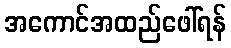
အကောင်အထည်ဖေါ်ရန်